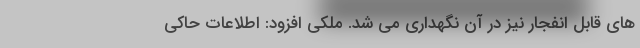
های قابل انفجار نیز در آن نگهداری می شد. ملکی افزود: اطلاعات حاکی